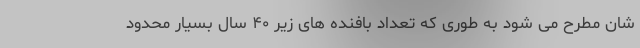
شان مطرح می شود به طوری که تعداد بافنده های زیر ۴۰ سال بسیار محدود